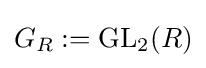
G_{R}:=\mathrm {GL} _{2}(R)